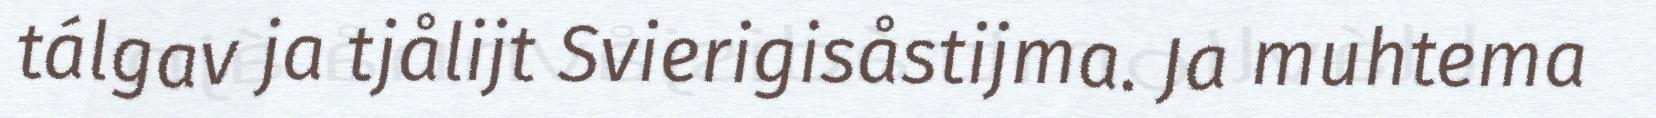
tálgav ja tjålijt Svierigisåstijma. Ja muhtema